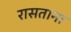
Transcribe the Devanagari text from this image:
रासताना